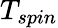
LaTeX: T_{\textit{spin}}